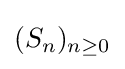
(S_{n})_{n\geq 0}